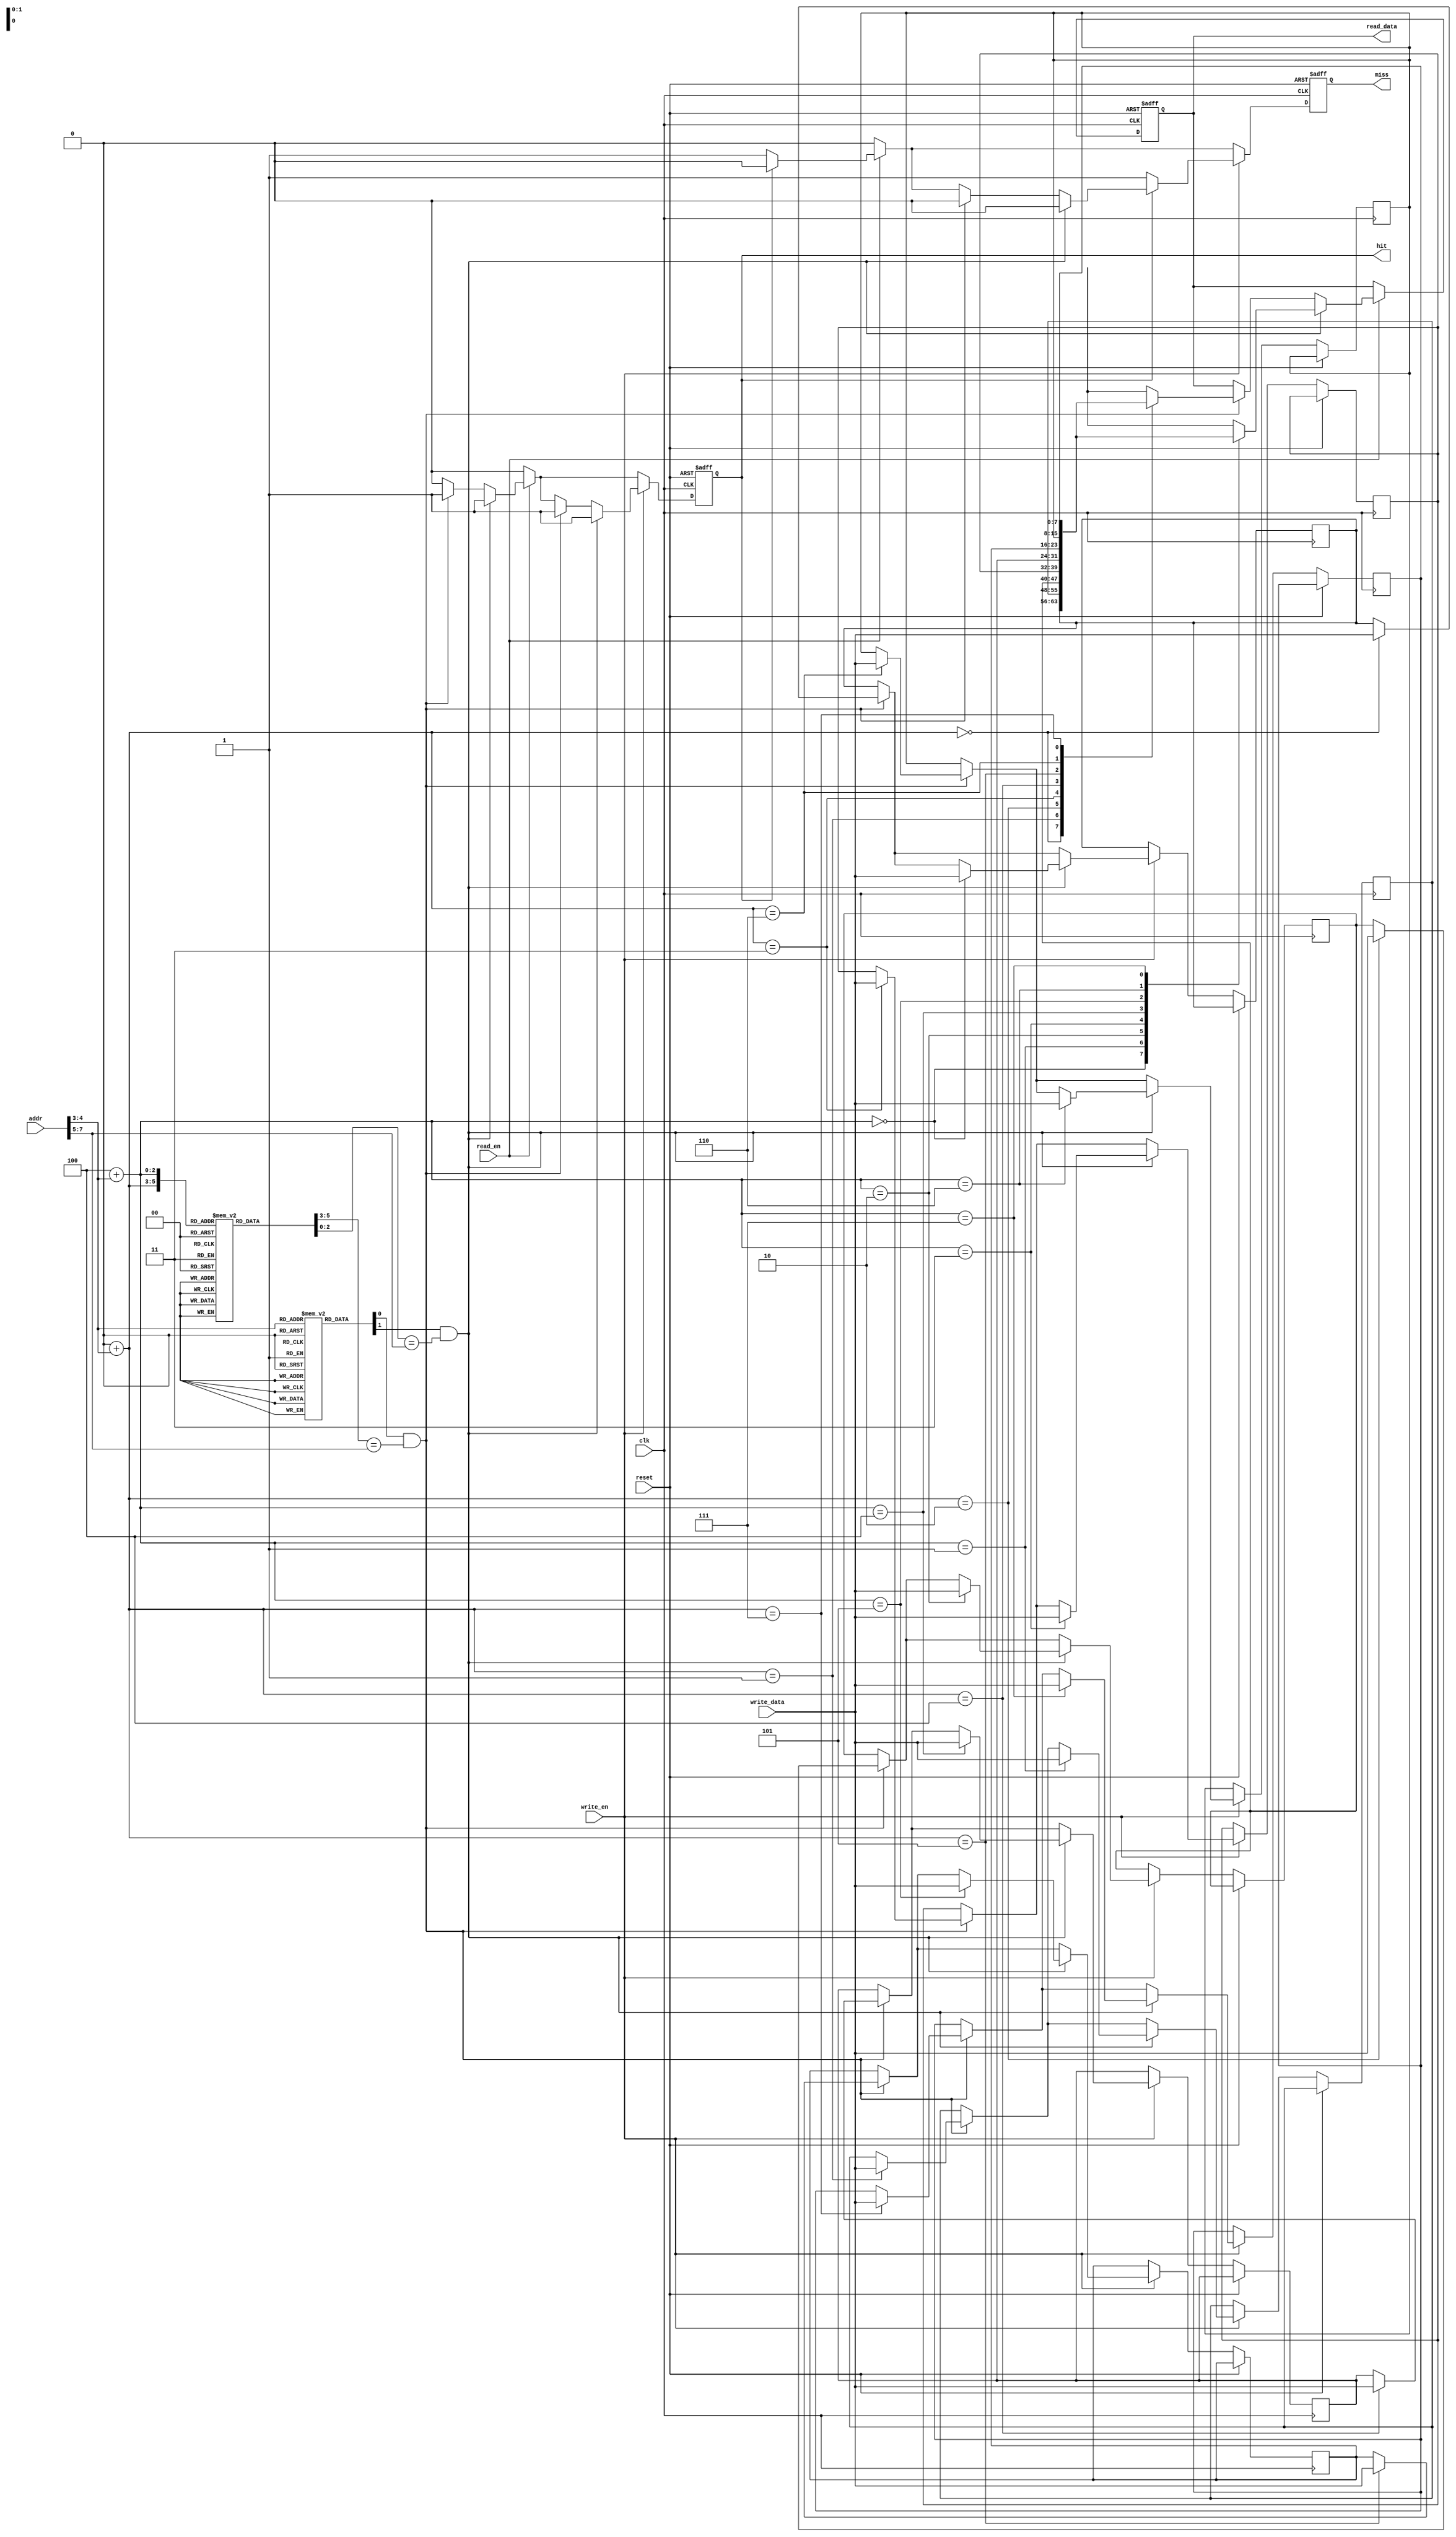
module L1_Cache #(parameter CACHE_SIZE = 64,         // Cache size in Bytes
                   parameter LINE_SIZE = 8,          // Line size in Bytes
                   parameter WAY_COUNT = 2,          // Number of ways
                   parameter ADDR_BITS = 8)          // Address bits
(
    input  wire                  clk,
    input  wire                  reset,
    input  wire                  read_en,
    input  wire                  write_en,
    input  wire[ADDR_BITS-1:0]  addr,
    input  wire[LINE_SIZE-1:0]  write_data,
    output reg[LINE_SIZE-1:0]   read_data,
    output reg                  hit,
    output reg                  miss
);

    localparam INDEX_BITS = $clog2(CACHE_SIZE/(LINE_SIZE * WAY_COUNT));
    localparam OFFSET_BITS = $clog2(LINE_SIZE);
    localparam TAG_BITS = ADDR_BITS - INDEX_BITS - OFFSET_BITS;

    reg [TAG_BITS-1:0]           tags[WAY_COUNT-1:0][(CACHE_SIZE/(LINE_SIZE * WAY_COUNT))-1:0];
    reg [LINE_SIZE-1:0]          cache_lines[WAY_COUNT-1:0][(CACHE_SIZE/(LINE_SIZE * WAY_COUNT))-1:0];
    reg [WAY_COUNT-1:0]          valid_bits[(CACHE_SIZE/(LINE_SIZE * WAY_COUNT))-1:0];

    wire [INDEX_BITS-1:0]        index;
    wire [OFFSET_BITS-1:0]       offset;
    wire [TAG_BITS-1:0]          tag;

    assign index = addr[OFFSET_BITS +: INDEX_BITS];
    assign offset = addr[OFFSET_BITS-1:0];
    assign tag = addr[ADDR_BITS-1:OFFSET_BITS + INDEX_BITS];

    integer i;

    // Cache Initialization
    initial begin
        for (i = 0; i < (CACHE_SIZE/(LINE_SIZE * WAY_COUNT)); i = i + 1) begin
            valid_bits[i] = 0;
        end
    end

    // Read/Write Operations
    always @(posedge clk or posedge reset) begin
        if (reset) begin
            read_data <= 0;
            hit <= 0;
            miss <= 0;
        end else begin
            hit <= 0;
            miss <= 0;

            if (read_en) begin
                for (i = 0; i < WAY_COUNT; i = i + 1) begin
                    if (valid_bits[index][i] && (tags[i][index] == tag)) begin
                        read_data <= cache_lines[i][index];
                        hit <= 1;
                        miss <= 0;
                    end
                end
                if (!hit) begin
                    miss <= 1;
                    // Handle Cache Miss: Fetch data from lower memory (not implemented)
                end
            end

            if (write_en) begin
                for (i = 0; i < WAY_COUNT; i = i + 1) begin
                    if (valid_bits[index][i] && (tags[i][index] == tag)) begin
                        cache_lines[i][index] <= write_data;
                        hit <= 1;
                        miss <= 0;
                    end
                end
                if (!hit) begin
                    miss <= 1;
                    // Handle Cache Miss: Write through or write back logic (not implemented)
                end
            end
        end
    end

endmodule